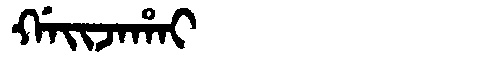
Manchu: ᡤᠠᡳᠵᠠᡥᠠᡳ
Romanization: GAIJAHAI